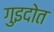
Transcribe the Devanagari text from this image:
गुइदोत